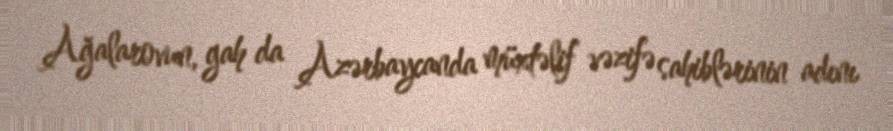
Ağalarovun, gah da Azərbaycanda müxtəlif vəzifə sahiblərinin adını